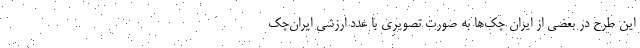
این طرح در بعضی از ایران چک‌ها به صورت تصویری با عدد ارزشی ایران‌چک